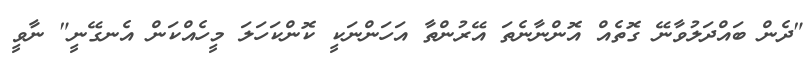
"ދެން ބައްދަލުވާނޭ ގޮތެއް އޮންނާނެތަ އޭރުންތާ އަހަންނަކީ ކޮންކަހަލަ މީހެއްކަން އެނގޭނީ" ނާވީ